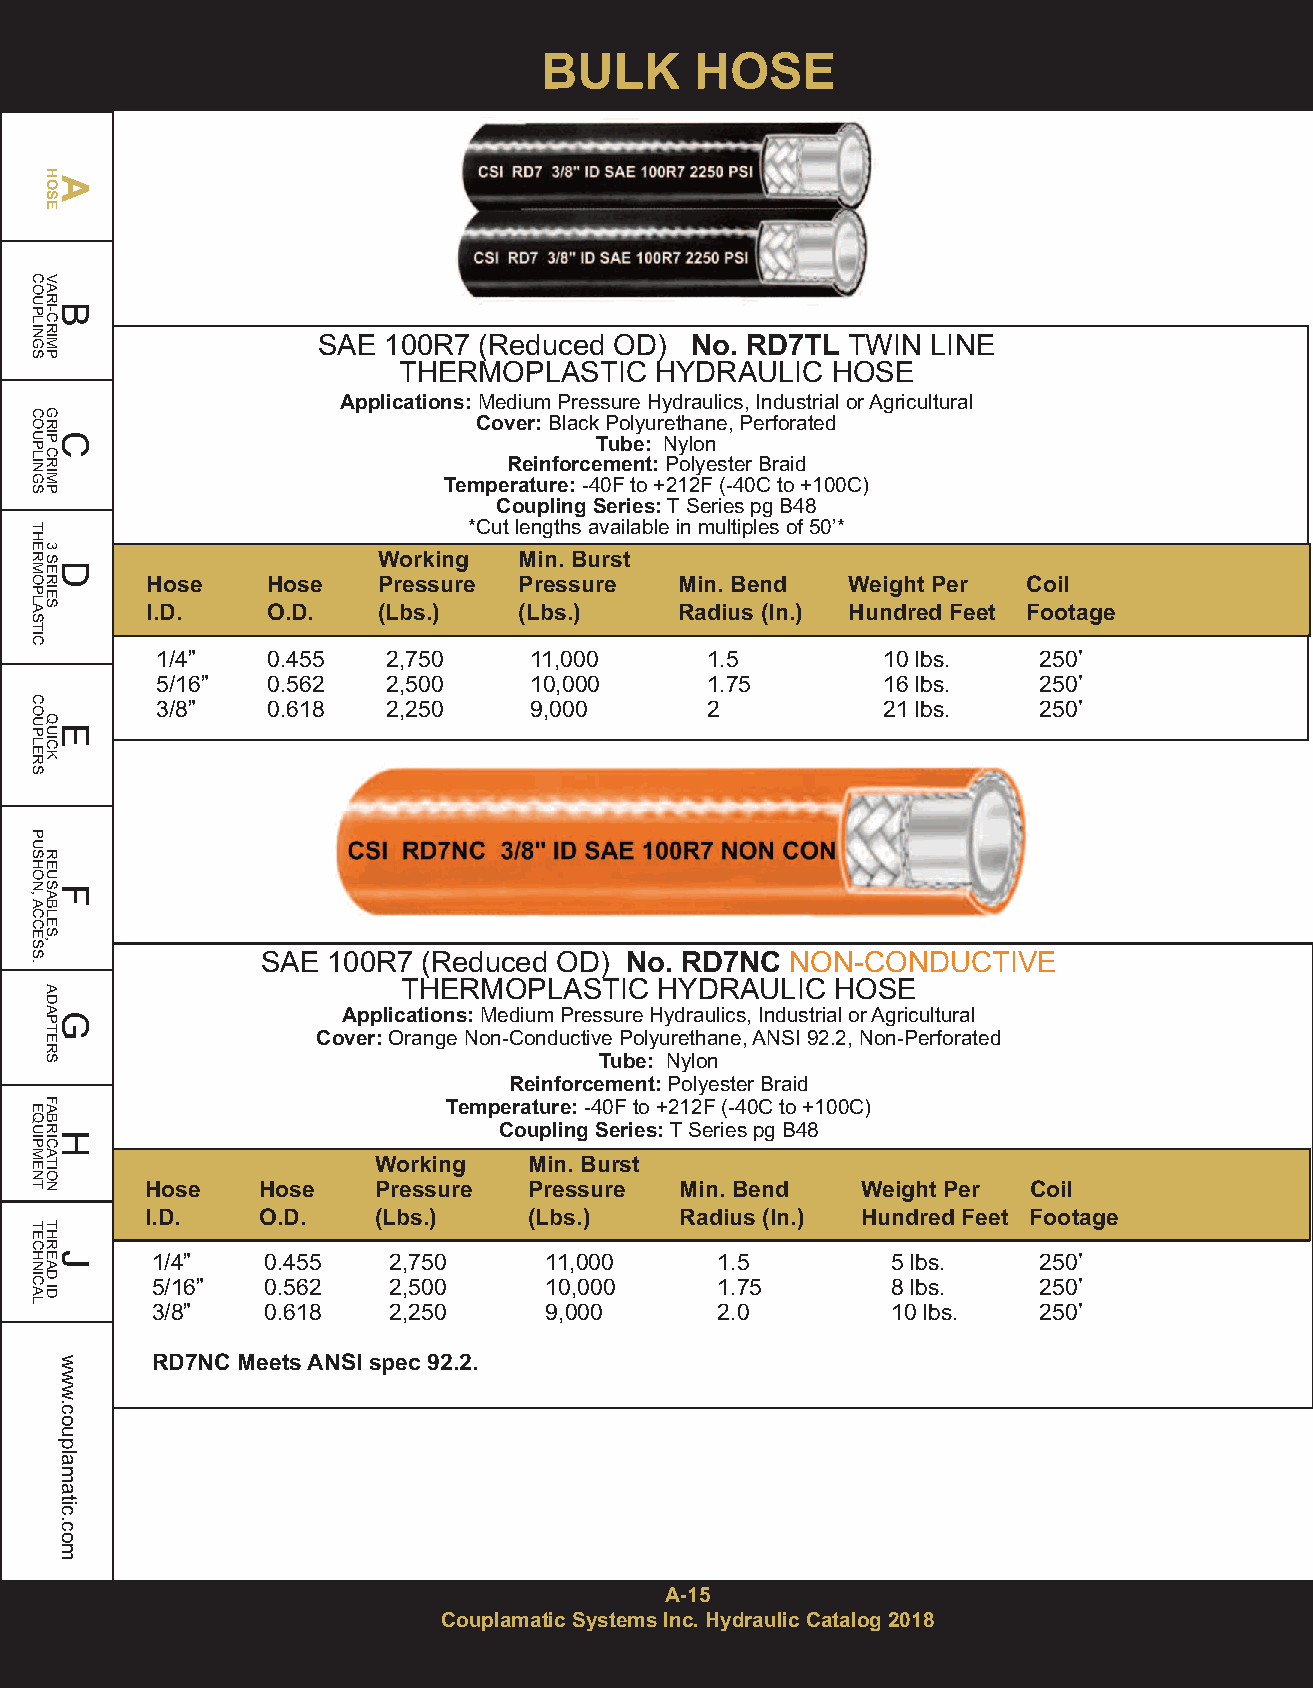
BULK      HOSE
 SAE 100R7  (Reduced OD)  No. RD7TL TWIN  LINE
 THERMOPLASTIC    HYDRAULIC   HOSE
 Applications:Medium Pressure Hydraulics, Industrial or Agricultural
 Cover:Black Polyurethane, Perforated
 Tube: Nylon
 Reinforcement:Polyester Braid
 Temperature:-40F to +212F (-40C to +100C)
 Coupling Series:T Series pg B48
 *Cut lengths available in multiples of 50’*
 Working  Min. Burst
 Hose    Hose   Pressure Pressure   Min. Bend  Weight Per  Coil
 I.D.    O.D.   (Lbs.)   (Lbs.)     Radius (In.) Hundred Feet Footage
 1/4”    0.455   2,750    11,000      1.5        10 lbs.    250’
 5/16”   0.562   2,500    10,000      1.75       16 lbs.    250’
 3/8”    0.618   2,250    9,000       2          21 lbs.    250’
 SAE  100R7 (Reduced OD) No. RD7NC  NON-CONDUCTIVE
 THERMOPLASTIC   HYDRAULIC   HOSE
 Applications:Medium Pressure Hydraulics, Industrial or Agricultural
 Cover:Orange Non-Conductive Polyurethane, ANSI 92.2, Non-Perforated
 Tube: Nylon
 Reinforcement:Polyester Braid
 Temperature:-40F to +212F (-40C to +100C)
 Coupling Series:T Series pg B48
 Working   Min. Burst
 Hose   Hose    Pressure  Pressure  Min. Bend   Weight Per Coil
 I.D.   O.D.    (Lbs.)    (Lbs.)    Radius (In.) Hundred Feet Footage
 1/4”   0.455    2,750     11,000     1.5         5 lbs.    250’
 5/16”  0.562    2,500     10,000     1.75        8 lbs.    250’
 3/8”   0.618    2,250     9,000      2.0         10 lbs.   250’
 RD7NC Meets ANSI spec 92.2.
 A-15
 Couplamatic Systems Inc. Hydraulic Catalog 2018
 COUPLINGS
 COUPLINGS
 THERMOPLASTIC
 COUPLERS
 PUSHON,ACCESS.
 EQUIPMENT
 TECHNICAL
 HAOSE
 VARBI-CRIMP
 GRICP
 CRIMP
 3
 SDERIES
 QEUICK
 REUSFABLES,
 ADAGPTERS
 FABRHICATION
 THREJAD
 ID
 www.couplamatic.com